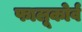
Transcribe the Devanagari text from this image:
फालूकोर्व